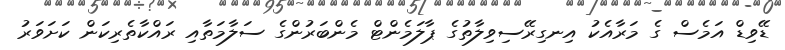
ޑޭވިޑް އަމެސް ގެ މަރާއެކު އިނގިރޭސިވިލާތުގެ ޕާލަމެންޓް މެންބަރުންގެ ސަލާމަތާއި ރައްކާތެރިކަން ކަށަވަރު